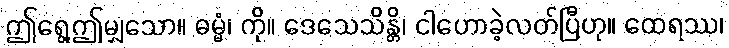
ဤရွေ့ဤမျှသော။ ဓမ္မံ၊ ကို။ ဒေသေသိန္တိ၊ ငါဟောခဲ့လတ်ပြီဟု။ ထေရဿ၊